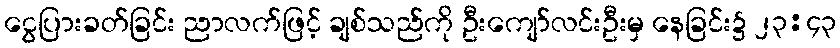
ငွေပြားခတ်ခြင်း ညာလက်ဖြင့် ချစ်သည်ကို ဦးကျော်လင်းဦးမှ နေခြင်း၌ ၂၃:၄၃